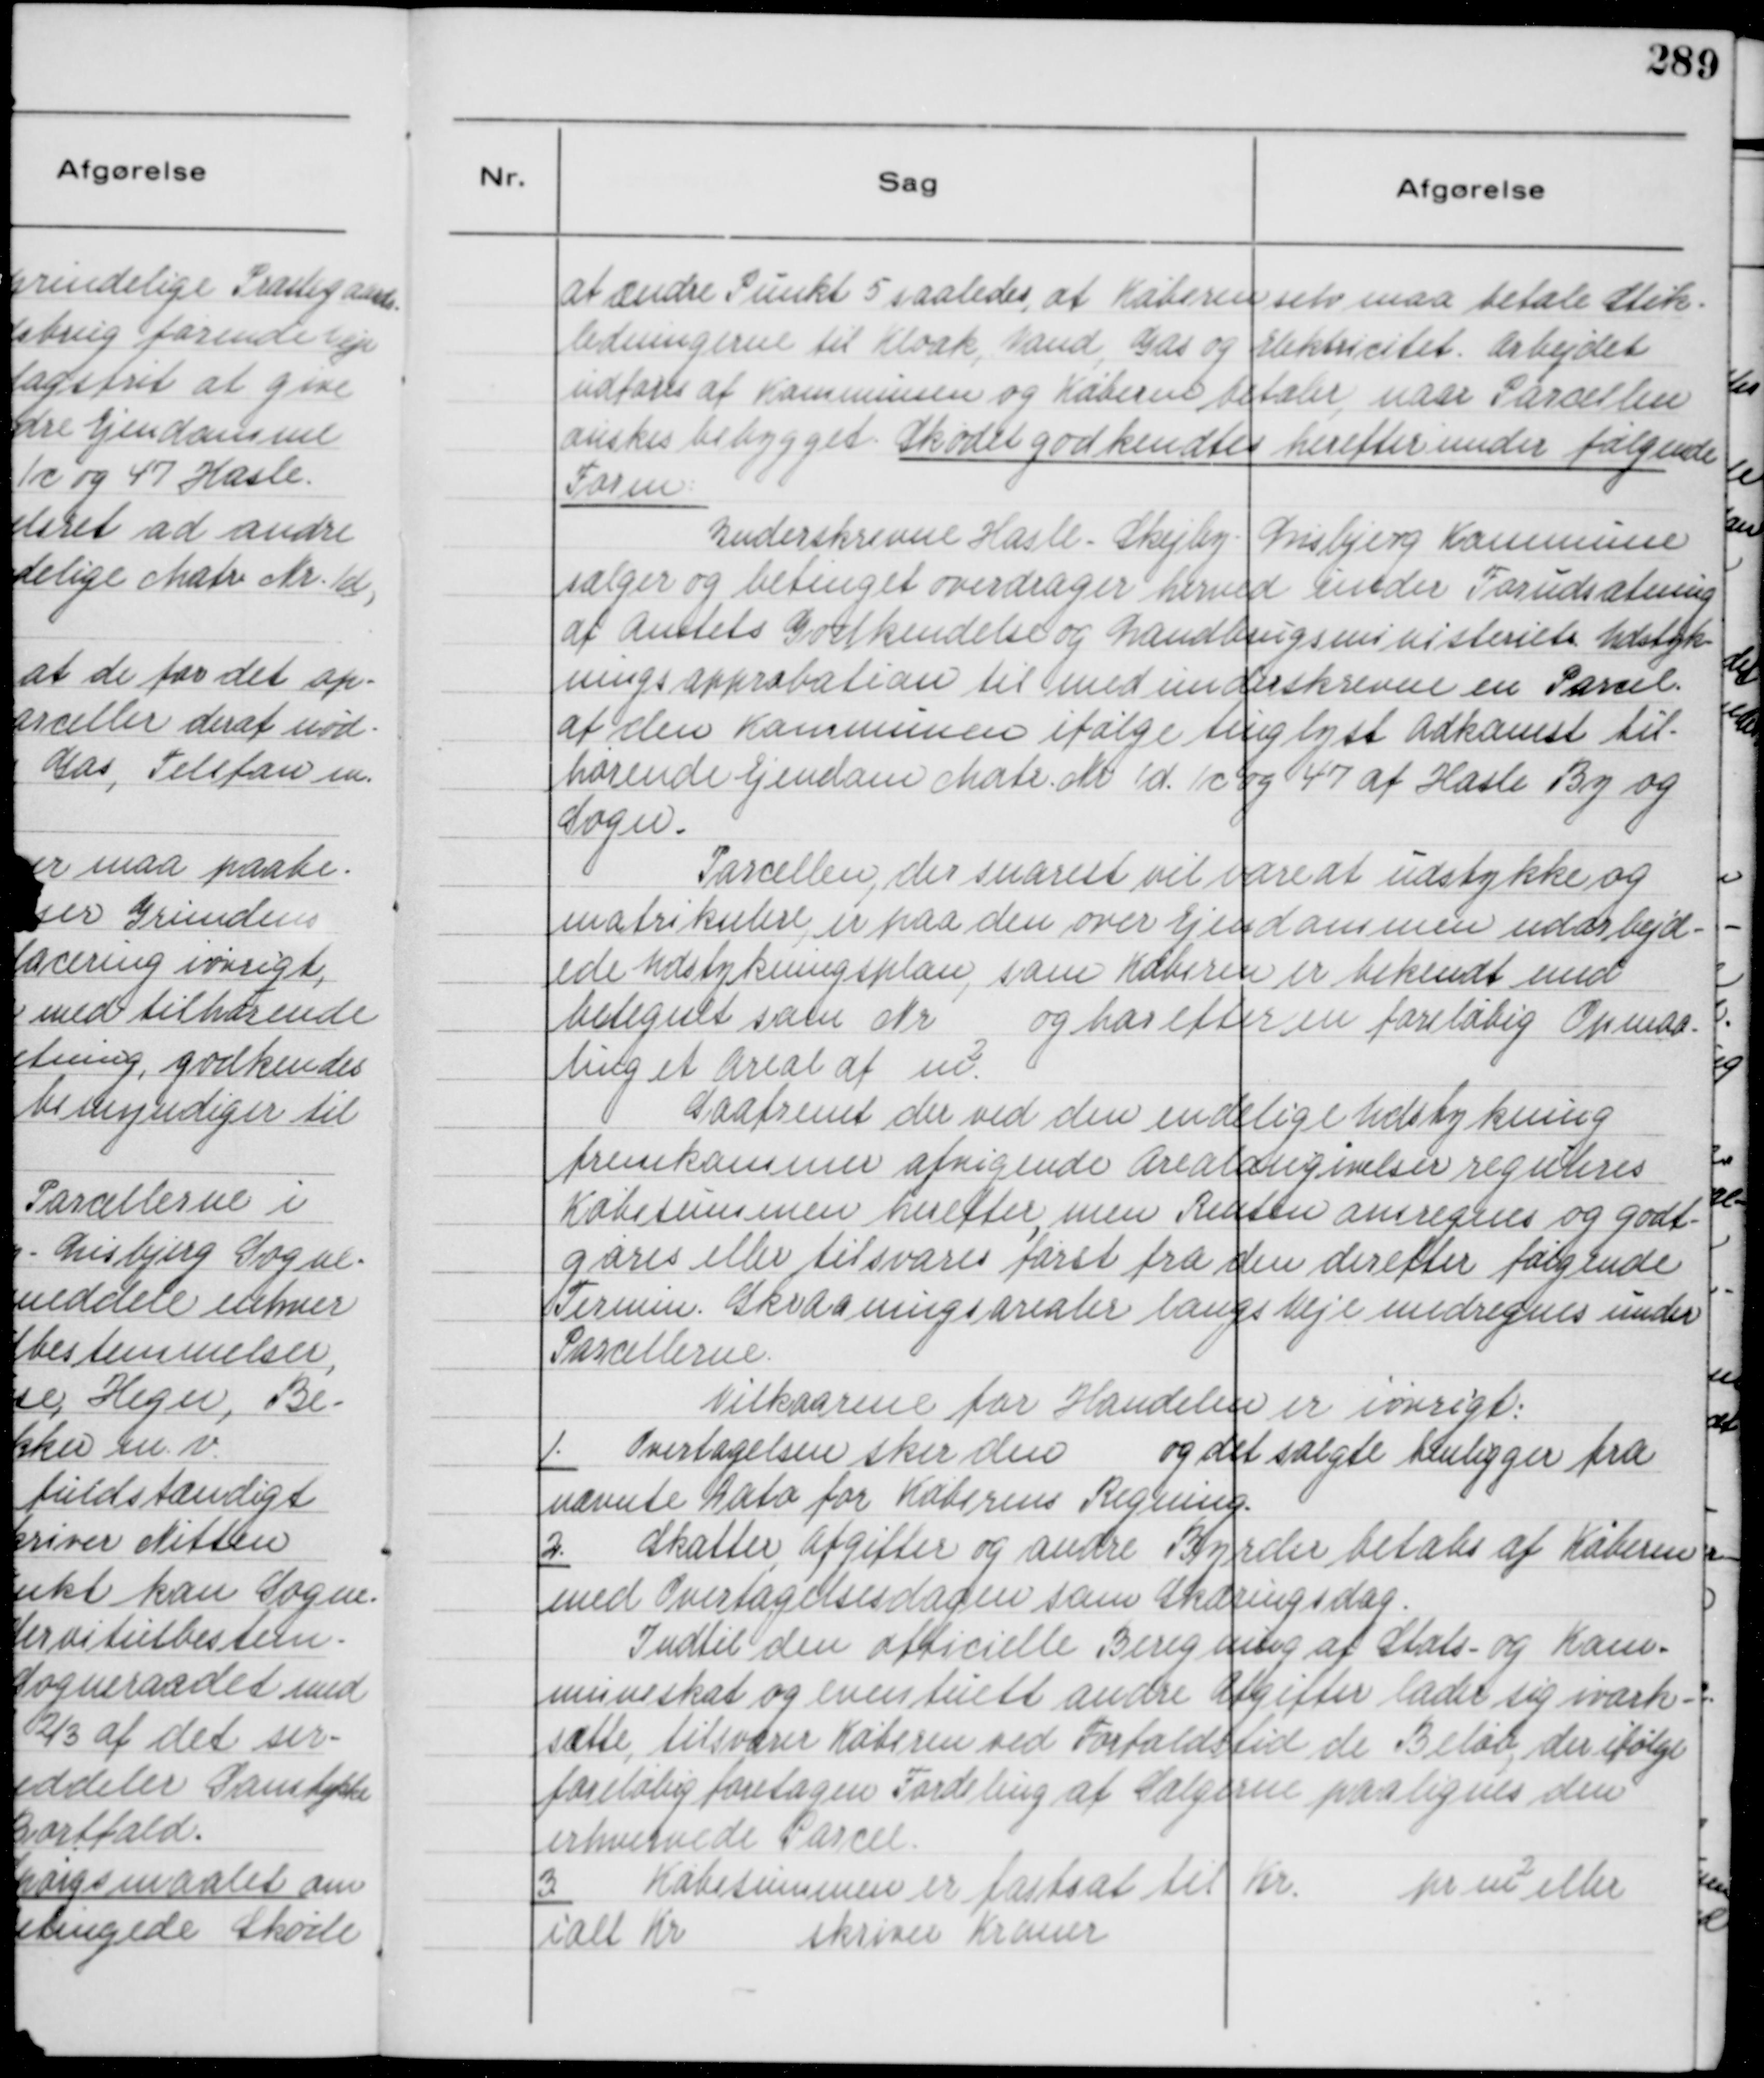
Transskription:
at ændre Punkt 5 saaledes, at Køberen selv maa betale Stik-
ledningerne til Kloak, Vand, Gas og Elektricitet. Arbejdet
udføres af Kommunen og Køberen betaler, naar Parcellen
ønskes bebygget. Skødet godkendtes herefter under følgende
Form:
Underskrevne Hasle - Skejby - Lisbjerg Kommune
sælger og betinget overdrager herved under Forudsætning
af Amtets Godkendelse og Landbrugsministeriets Udstyk-
ningsapprobation til med underskrevne en Parcel
af den Kommunen ifølge tinglyst Adkomst til-
hørende Ejendom Matr. Nr 1 d. 1 c og 47 af Hasle By og
Sogn.
Parcellen, der snarest vil være at udstykke og
matrikulere, er paa den over Ejendommen udarbejd-
ede Udstykningsplan, som Køberen er bekendt med
betegnet som Nr og har efter en foreløbig Opmaa-
ling et Areal af m².
Saafremt der ved den endelige Udstykning
fremkommer afvigende Arealangivelser reguleres
Købesummen herefter, men Renten omregnes og godt-
gøres eller tilsvares først fra den derefter følgende
Termin. Skraaningsarealer langs Veje medregnes under
Parcellerne.
Vilkaarene for Handelen er iøvrigt:
1.
Overtagelsen sker den og det solgte henlægger fra
nævnte Dato for Køberens Regning.
2.
Skatter, Afgifter og andre Byrder betales af Køberen
med Overtagelsesdagen som Skæringsdag.
Indtil den officielle Beregning af Stats- og Kom-
muneskat og eventuelt andre Afgifter lader sig iværk-
sætte, tilsvarer Køberen ved Forfaldstid de Beløb, der ifølge
foreløbig foretagen Fordeling af Sælgerne paalignes den
erhvervede Parcel.
3.
Købesummen er fastsat til Kr.
pr m² eller
ialt Kr
skriver Kroner